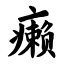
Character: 癞